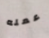
عمله